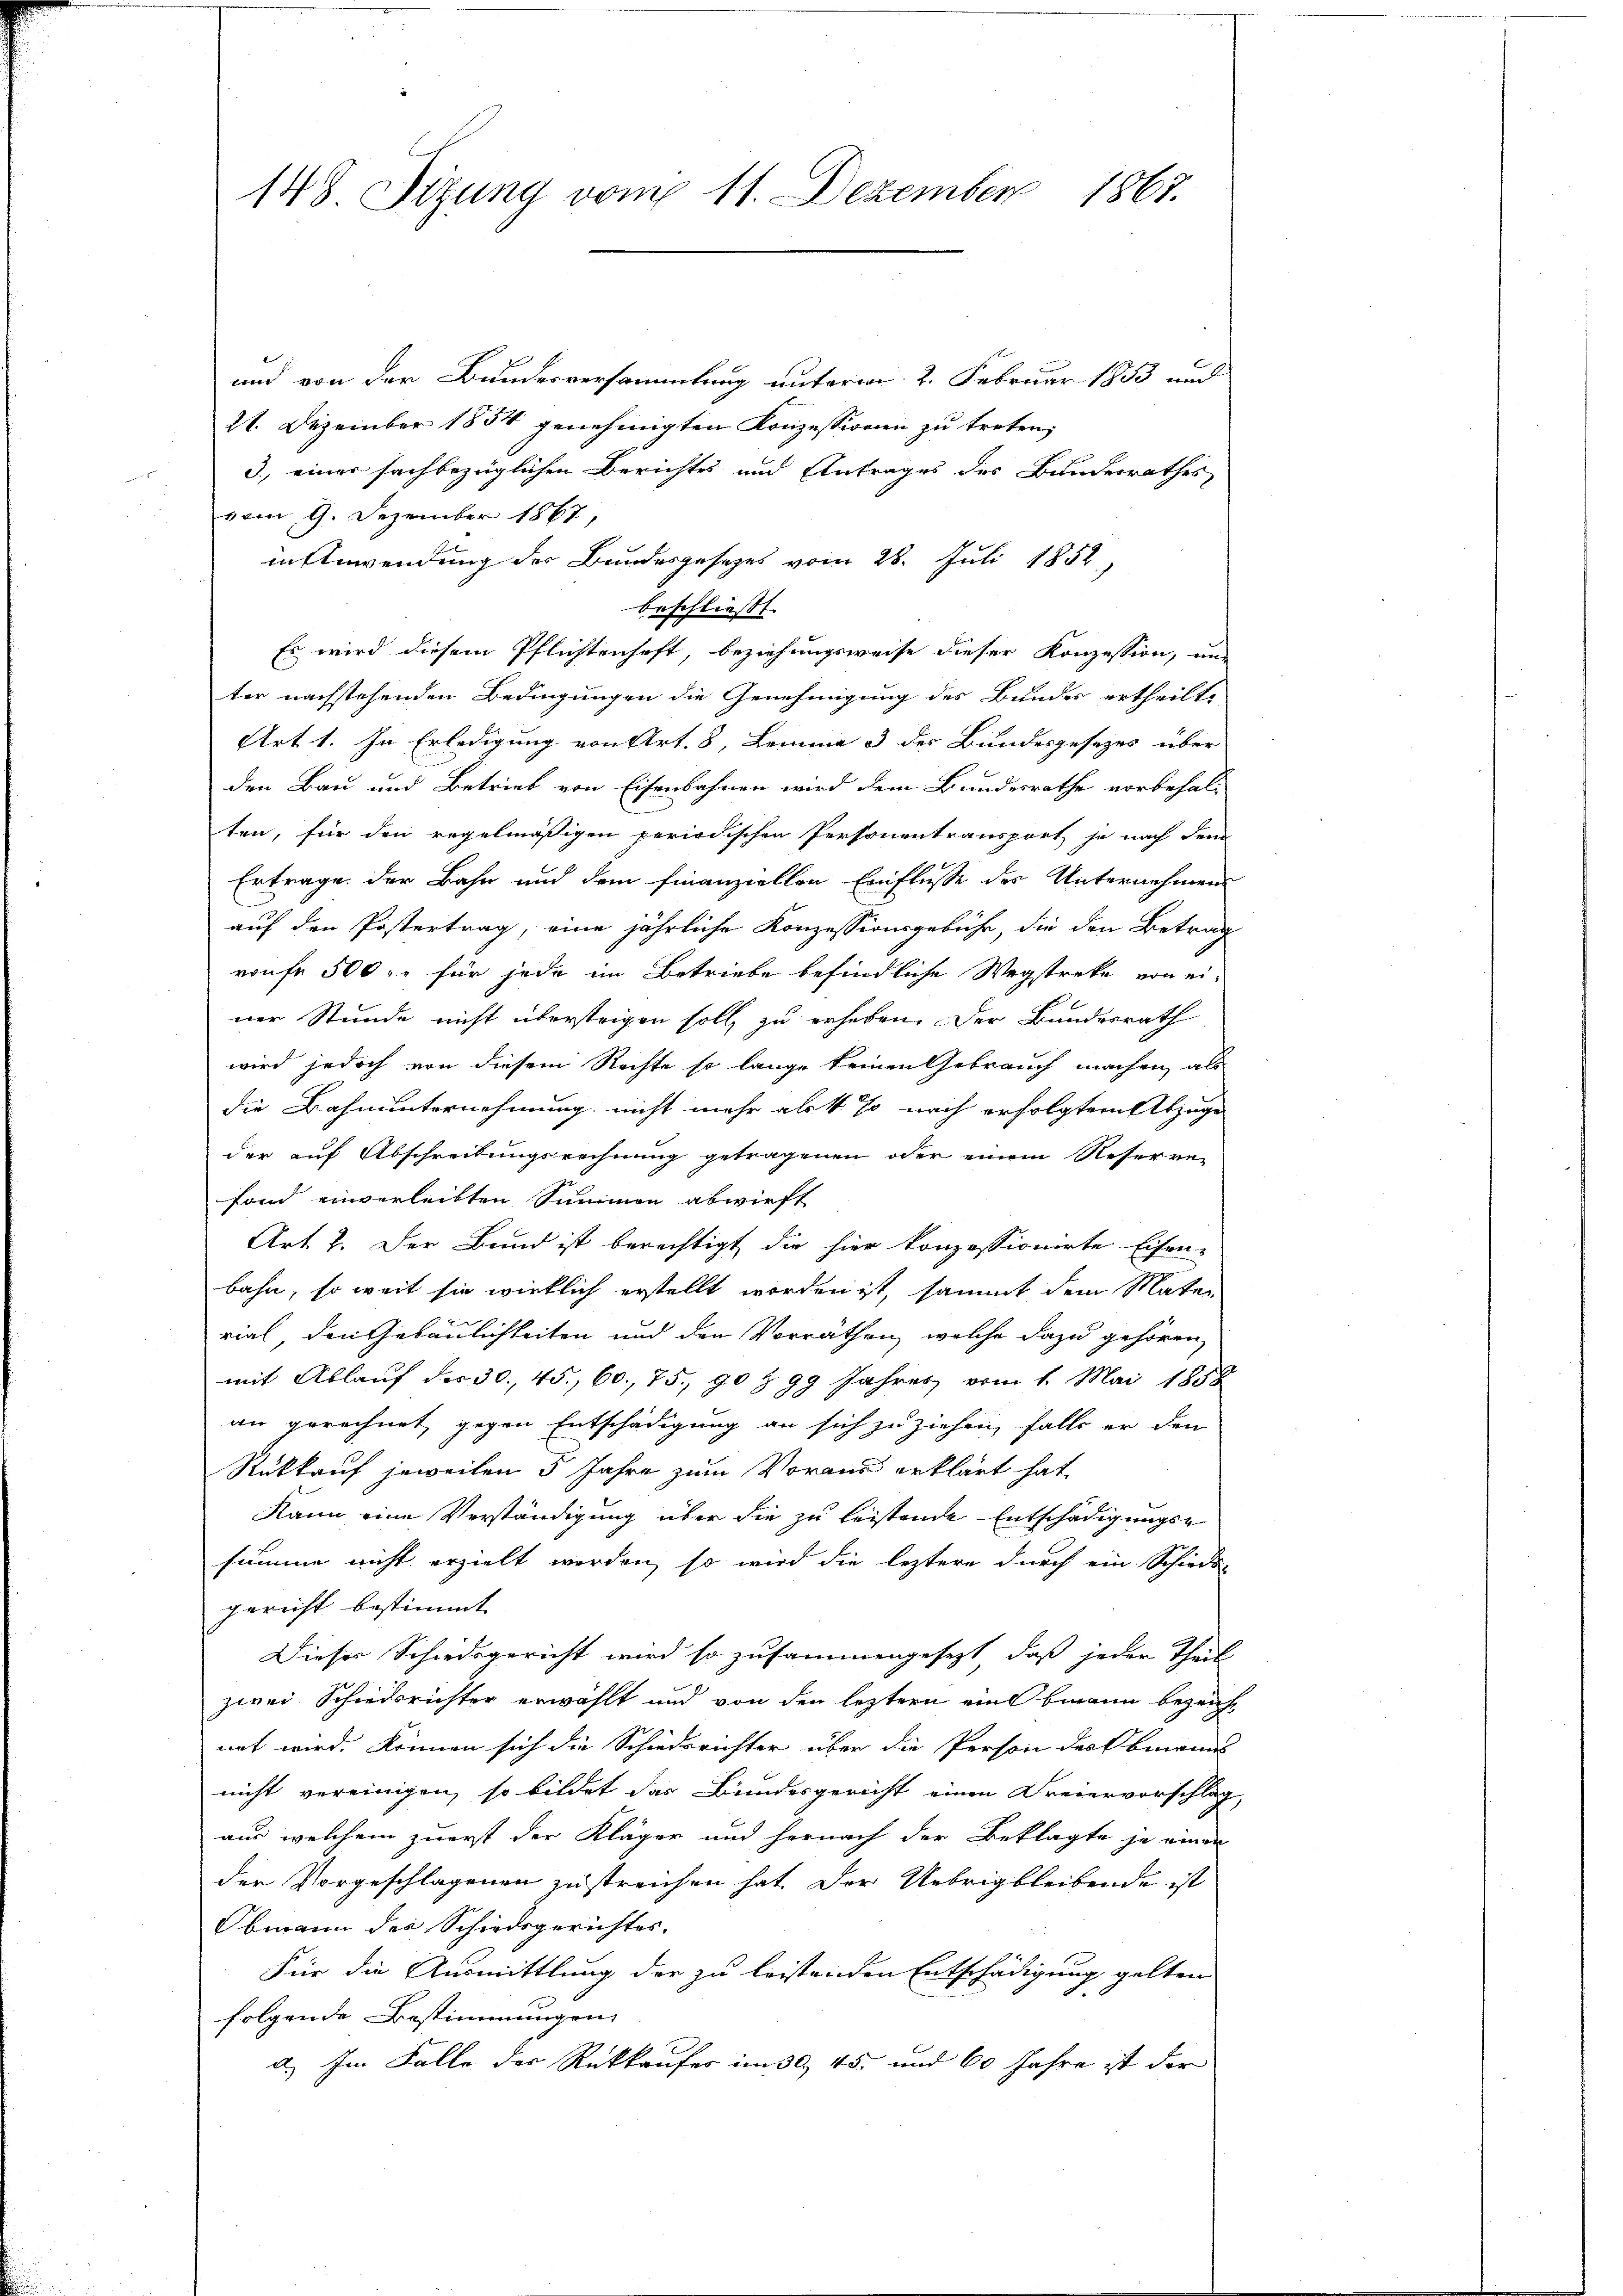
148 Sizung vom 11. Dezember 1867.

und von der Bundesversammlung unterm 2. Februar 1853 nac
21. Dezember 1834 genehmigten Konzessionen zu treten,
3. einer sachbezüglichen Berichtes und Antrages des Bundesrathes
vom 9. Dezember 1867,
in Anwendung des Bundesgesetzes vom 28. Juli 1852,
beschliesst. |
Es wird diesem Pflichtenhaft, beziehungsweise dieser Konzession, und
ter nachstehenden Bedingungen die Genehmigung des Bundes ertheilt,
Art 1. In Erledigung von Art. 8, Lemma 3 des Bundesgesezes über
den Bau und Betrieb von Eisenbahnen wird dem Bundesrathe vorbehal-
ten, für den regelmäßigen periodischen Personentransport je nach dem
Ertrage der Bahn und dem finanziellen Einflusse der Unternehmen
auf den Postertrag, eine jährliche Konzessionsgebühr, die den Betrag
ronfr 500 xr für jede im Betriebe befindliche Wegstreke von ei-
ner Stunde nicht überstrigen soll, zu erheben. Der Bundesrath
wird jedoch von diesem Rechte so lange keinen Gebrauch machen, als
die Bahnunternehmung nicht mehr als 4 % nach erfolgtem Abzuge
der auf Abschreibungsrechnung getragenen oder einem Reserve-
fand einverleibten Summen abwirft
Art. 2. Der Bund ist berechtigt die hier konzessionirte Eisen-
bahn, so weit sie wirklich erstellt worden ist, sammt dem Mate-
rial den Gebäulichkeiten und den Vorräthen, welche dazu gehören,
mit Ablauf der 30. 45. 60. 75. 90 § 99 Jahres vom 1. Mai 1858
an gerechnet, gegen Entschädigung an sich zu ziehen, falls er den
Rückkauf jeweilen 5 Jahre zum Vorand erklärt hat,
Kann eine Verständigung über die zu leistende Entschädigungs-
summe nicht erzielt worden, so wird die leztere durch ein Schieds-
gericht bestimmt.
Dieses Schiedsgericht wird so zusammengesezt, daß jeder Theil
zwei Schiedsrichter erwählt und von den leztern eine bmann bezeicht
net wird. können sich die Schiedsrichter über die Person des Obmanns
nicht vereinigen, so bildet das Bundesgericht einen Freiervorschlag
aus welchem zuerst der Kläger und hernach der Beklagte je einen
der Vorgeschlagenen zu streichen hat. Der Uebrig bleibende ist
Obmann der Schiedsgerichtes.
Für die Ausmittlung der zu leistenden Entschädigung gelten
folgende Bestimmungen
d.) Im Falle der Rückkaufes im 30. 45. und 60 Jahre ist der